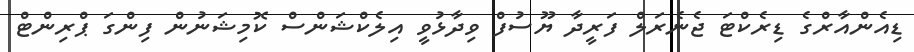
ޑިއެންއާރްގެ ޑިރެކްޓަ ޖެނެރަލް ފަރީދާ ޔޫސުފް ވިދާޅުވީ އިލެކްޝަންސް ކޮމިޝަނުން ފިންގަ ޕްރިންޓް